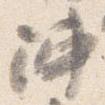
陣